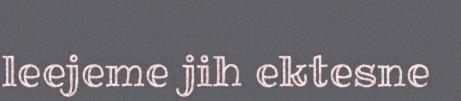
leejeme jih ektesne